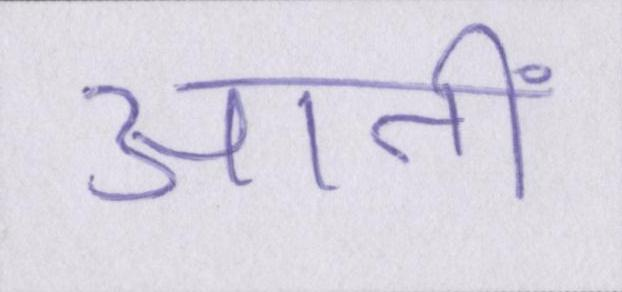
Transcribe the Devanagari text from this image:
आतीं